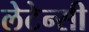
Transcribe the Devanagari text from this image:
लेटेन्सी